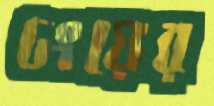
ঢংয়ের